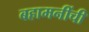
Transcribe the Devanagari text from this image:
बहामनींची